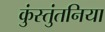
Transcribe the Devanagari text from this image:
कुंस्तुंतनिया